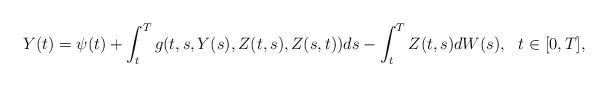
\begin{align*} Y(t)=\psi(t) + \int_t^T g(t,s,Y(s),Z(t,s),Z(s,t)) ds - \int_t^T Z(t,s) dW(s), \ \ t\in [0,T],\end{align*}